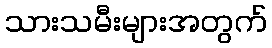
သားသမီးများအတွက်